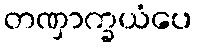
တဏှာက္ခယံပေ